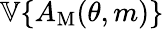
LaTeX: \mathbb{V}\{ A_{\mathrm{M}}(\theta,m)\}